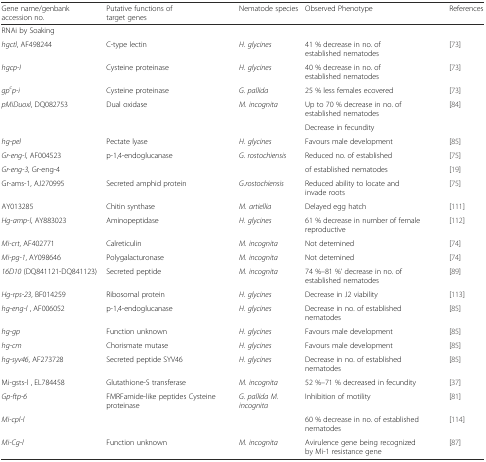
<table><thead><tr><td><b>Gene name/genbank accession no.</b></td><td><b>Putative functions of target genes</b></td><td><b>Nematode species</b></td><td><b>Observed Phenotype</b></td><td><b>References</b></td></tr></thead><tbody><tr><td>RNAi by Soaking</td><td></td><td></td><td></td><td></td></tr><tr><td><i>hgctl</i>, AF498244</td><td>C-type lectin</td><td><i>H. glycines</i></td><td>41 % decrease in no. of established nematodes</td><td>[73]</td></tr><tr><td><i>hgcp-I</i></td><td>Cysteine proteinase</td><td><i>H. glycines</i></td><td>40 % decrease in no. of established nematodes</td><td>[73]</td></tr><tr><td><i>gp</i><sup><i>c</i></sup><i>p-i</i></td><td>Cysteine proteinase</td><td><i>G. pallida</i></td><td>25 % less females ecovered</td><td>[73]</td></tr><tr><td rowspan="2"><i>pMiDuoxl</i>, DQ082753</td><td rowspan="2">Dual oxidase</td><td rowspan="2"><i>M. incognita</i></td><td>Up to 70 % decrease in no. of established nematodes</td><td rowspan="2">[84]</td></tr><tr><td>Decrease in fecundity</td></tr><tr><td><i>hg-pel</i></td><td>Pectate lyase</td><td><i>H. glycines</i></td><td>Favours male development</td><td>[85]</td></tr><tr><td><i>Gr-eng-l</i>, AF004523</td><td>p-1,4-endoglucanase</td><td><i>G. rostochiensis</i></td><td>Reduced no. of established</td><td>[75]</td></tr><tr><td><i>Gr-eng-3</i>, Gr-eng-4</td><td></td><td></td><td>of established nematodes</td><td>[19]</td></tr><tr><td>Gr-ams-1, AJ270995</td><td>Secreted amphid protein</td><td><i>G.rostochiensis</i></td><td>Reduced ability to locate and invade roots</td><td>[75]</td></tr><tr><td>AY013285</td><td>Chitin synthase</td><td><i>M. artiellia</i></td><td>Delayed egg hatch</td><td>[111]</td></tr><tr><td><i>Hg-amp-l</i>, AY883023</td><td>Aminopeptidase</td><td><i>H. glycines</i></td><td>61 % decrease in number of female reproductive</td><td>[112]</td></tr><tr><td><i>Mi-crt</i>, AF402771</td><td>Calreticulin</td><td><i>M. incognita</i></td><td>Not detemined</td><td>[74]</td></tr><tr><td><i>Mi-pg-1</i>, AY098646</td><td>Polygalacturonase</td><td><i>M. incognita</i></td><td>Not detemined</td><td>[74]</td></tr><tr><td><i>16D10</i> (DQ841121-DQ841123)</td><td>Secreted peptide</td><td><i>M. incognita</i></td><td>74 %–81 %‘ decrease in no. of established nematodes</td><td>[89]</td></tr><tr><td><i>Hg-rps-23</i>, BF014259</td><td>Ribosomal protein</td><td><i>H. glycines</i></td><td>Decrease in J2 viability</td><td>[113]</td></tr><tr><td><i>hg-eng-l</i> , AF006052</td><td>p-1,4-endoglucanase</td><td><i>H. glycines</i></td><td>Decrease in no. of established nematodes</td><td>[85]</td></tr><tr><td><i>hg-gp</i></td><td>Function unknown</td><td><i>H. glycines</i></td><td>Favours male development</td><td>[85]</td></tr><tr><td><i>hg-cm</i></td><td>Chorismate mutase</td><td><i>H. glycines</i></td><td>Favours male development</td><td>[85]</td></tr><tr><td><i>hg-syv46</i>, AF273728</td><td>Secreted peptide SYV46</td><td><i>H. glycines</i></td><td>Decrease in no. of established nematodes</td><td>[85]</td></tr><tr><td>Mi-gsts-l , EL784458</td><td>Glutathione-S transferase</td><td><i>M. incognita</i></td><td>52 %–71 % decreased in fecundity</td><td>[37]</td></tr><tr><td><i>Gp-ftp-6</i></td><td>FMRFamide-like peptides Cysteine proteinase</td><td><i>G. pallida M. incognita</i></td><td>Inhibition of motility</td><td>[81]</td></tr><tr><td><i>Mi-cpl-l</i></td><td></td><td></td><td>60 % decrease in no. of established nematodes</td><td>[114]</td></tr><tr><td><i>Mi-Cg-l</i></td><td>Function unknown</td><td><i>M. incognita</i></td><td>Avirulence gene being recognized by Mi-1 resistance gene</td><td>[87]</td></tr></tbody></table>